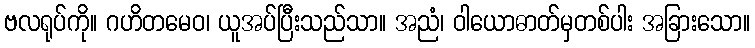
ဗလရုပ်ကို။ ဂဟိတမေဝ၊ ယူအပ်ပြီးသည်သာ။ အညံ၊ ဝါယောဓာတ်မှတစ်ပါး အခြားသော။